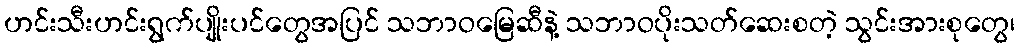
ဟင်းသီးဟင်းရွက်ပျိုးပင်တွေအပြင် သဘာဝမြေဆီနဲ့ သဘာဝပိုးသတ်ဆေးစတဲ့ သွင်းအားစုတွေ၊